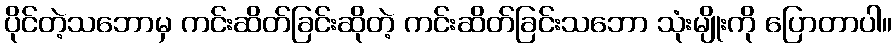
ပိုင်တဲ့သဘောမှ ကင်းဆိတ်ခြင်းဆိုတဲ့ ကင်းဆိတ်ခြင်းသဘော သုံးမျိုးကို ပြောတာပါ။